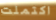
اكتملت